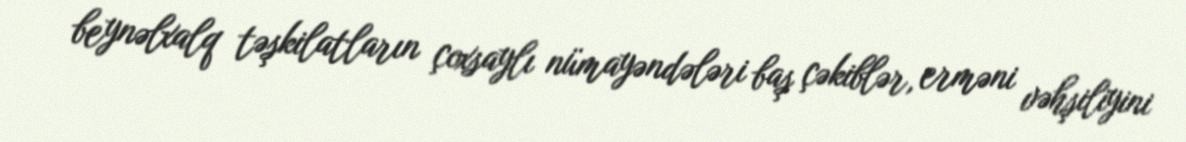
beynəlxalq təşkilatların çoxsaylı nümayəndələri baş çəkiblər, erməni vəhşiliyini